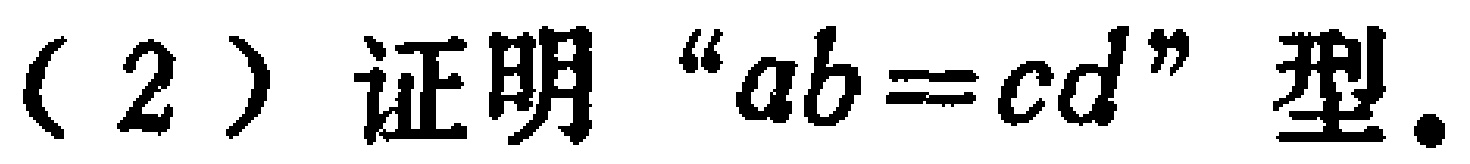
(2) 证明 “$ab = cd$” 型.